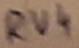
Text: RV4